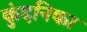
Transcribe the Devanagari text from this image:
कुंदनिका